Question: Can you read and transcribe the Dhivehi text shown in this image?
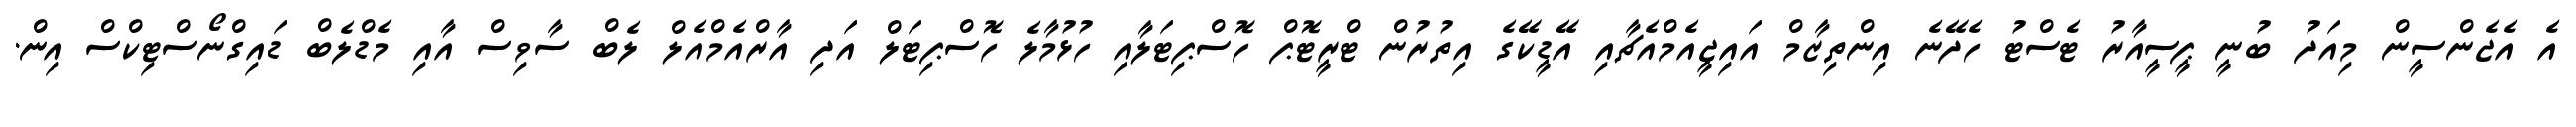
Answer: އެ އެޖެންސީން މިއަދު ބުނީ ޕީސީއާރު ޓެސްޓު ހެދޭނެ އިންތިޒާމް އައިޖީއެމްއެޗާއި އޭޑީކޭގެ އިތުރުން ޓްރީޓޮޕް ހޮސްޕިޓަލާއި ހުޅުމާލެ ހޮސްޕިޓަލް އަދި އާރްއެމްއެލް ލެބް ސާވިސް އާއި މެޑްލެބް ޑައިގްނޯސްޓިކްސް އިން.